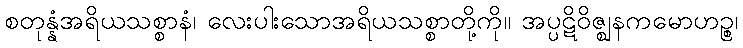
စတုန္နံအရိယသစ္စာနံ၊ လေးပါးသောအရိယသစ္စာတို့ကို။ အပ္ပဋိဝိဇ္ဈနကမောဟဉ္စ၊